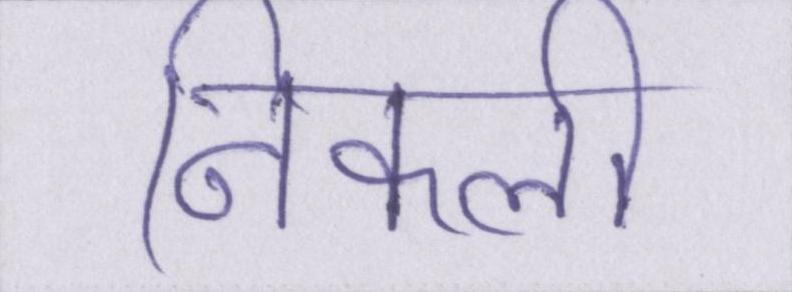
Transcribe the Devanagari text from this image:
निकली